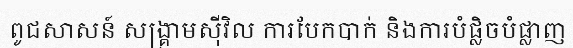
ពូជសាសន៍ សង្គ្រាមស៊ីវិល ការបែកបាក់ និងការបំផ្លិចបំផ្លាញ